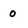
Character: 0